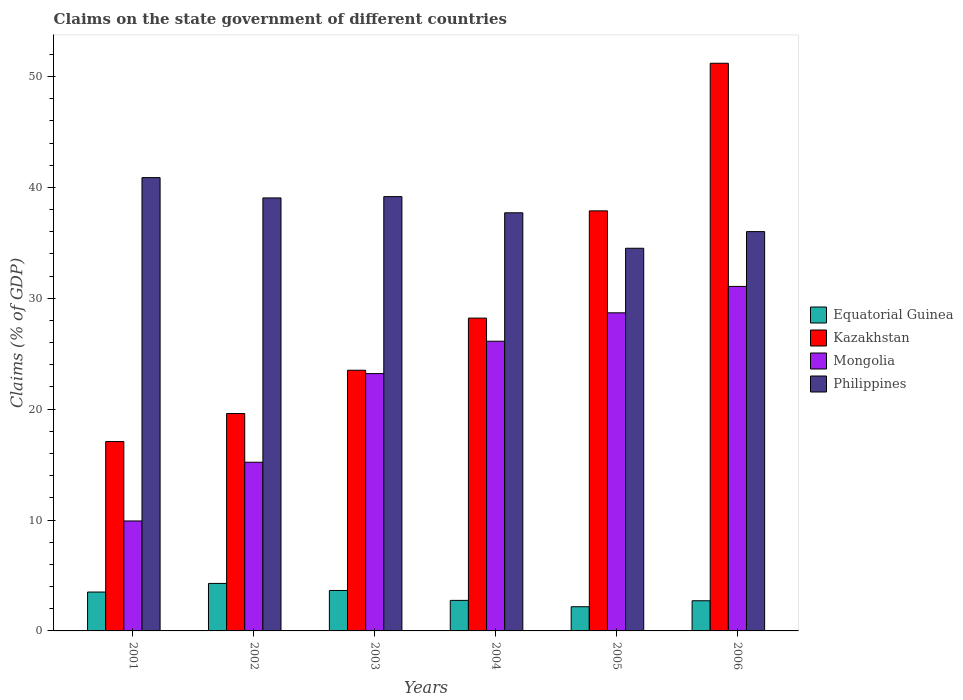
| Years | Equatorial Guinea | Kazakhstan | Mongolia | Philippines |
 | --- | --- | --- | --- | --- |
 | 2001 | 3.51 | 17.1 | 9.92 | 40.9 |
 | 2002 | 4.28 | 19.6 | 15.2 | 39.1 |
 | 2003 | 3.65 | 23.5 | 23.2 | 39.2 |
 | 2004 | 2.75 | 28.2 | 26.1 | 37.7 |
 | 2005 | 2.18 | 37.9 | 28.7 | 34.5 |
 | 2006 | 2.72 | 51.2 | 31.1 | 36 |